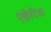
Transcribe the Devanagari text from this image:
एक्वेटिक